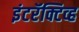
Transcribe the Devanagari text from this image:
इंटरॅक्टिव्ह